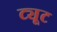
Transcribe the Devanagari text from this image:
ट्यूट